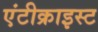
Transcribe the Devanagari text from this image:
एंटीक्राइस्ट